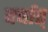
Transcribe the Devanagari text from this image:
वर्षात्